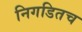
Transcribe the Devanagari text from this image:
निगडितच